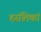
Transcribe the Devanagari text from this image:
हसंतिकां